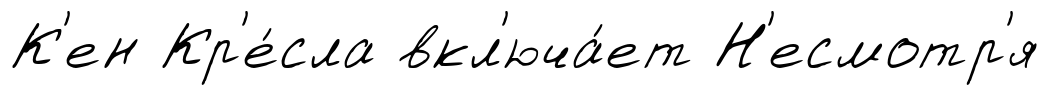
К'ен Кр'е́сла вкл'юча́ет Н'есмотр'я